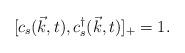
LaTeX: \begin{align*}[c_s(\vec k, t), c^\dag_s(\vec k, t)]_+=1.\end{align*}